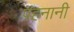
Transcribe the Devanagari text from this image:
पहनानी